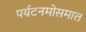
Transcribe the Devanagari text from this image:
पर्यटनमोसमात